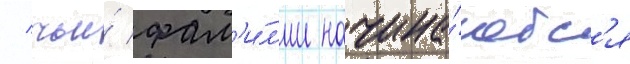
/ чьи́ фам'и́л'ии начина́ютс'я